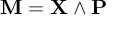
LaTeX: \mathbf { M } = \mathbf { X } \wedge \mathbf { P }